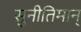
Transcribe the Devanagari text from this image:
सुनीतिमान्‌